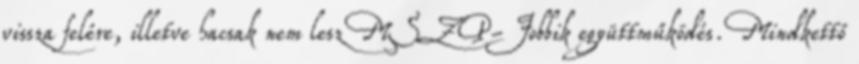
vissza felére, illetve hacsak nem lesz MSZP-Jobbik együttműködés. Mindkettő